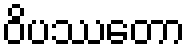
ဝိပဿတော